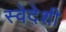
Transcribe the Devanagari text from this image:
स्वेदेशी